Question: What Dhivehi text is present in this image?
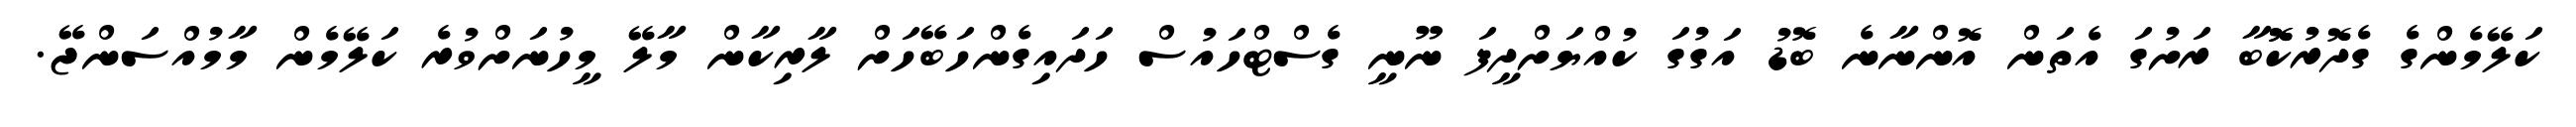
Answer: ކަލޭމެންގެ ގެދޮރުކޮޮބާ ރަށުގަ އެތަން އޮންނާނެ ބޮޑު އަގުގަ ކުއްޔަށްދީފަ ނޫނީ ގެސްޓްހައުސް ހަދައިގެންހަބޭހަށް ލާރިކާން މާލޭ މީހުނަށްވުރެ ކަލޭމެން މާމުއްސަންޖޭ.